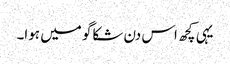
یہی کچھ اس دن شکاگو میں ہوا۔